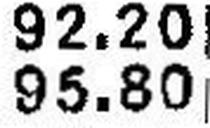
95.80